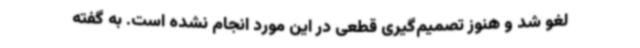
لغو شد و هنوز تصمیم‌گیری قطعی در این مورد انجام نشده است. به گفته